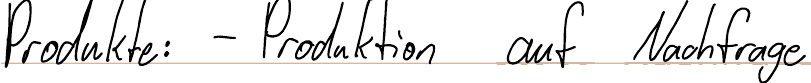
Produkte: - Produktion auf Nachfrage